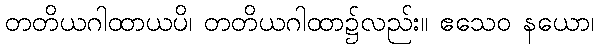
တတိယဂါထာယပိ၊ တတိယဂါထာ၌လည်း။ ဧသေဝ နယော၊